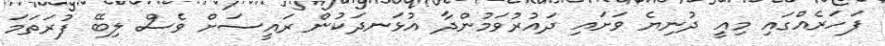
ފަހަރެއްގައި މިއީ ދުނިޔެ ވަށައި ދައުރުވަމުންދާ އުޅަނދަކުން ރައީސަށް ވެސް ލިބޭ ފުރަތަމަ